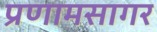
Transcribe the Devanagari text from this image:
प्रणामसागर